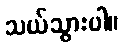
သယ်သွားပါ။